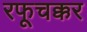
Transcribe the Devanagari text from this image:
रफूचक्कर